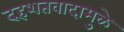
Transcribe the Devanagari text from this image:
दहशतवादामुळे